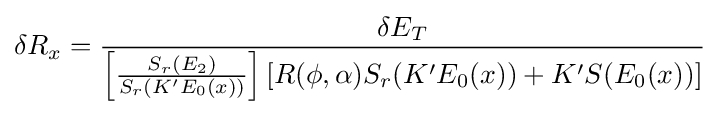
\delta R_{x}={\frac {\delta E_{T}}{\left[{\frac {S_{r}(E_{2})}{S_{r}(K'E_{0}(x))}}\right]\left[R(\phi ,\alpha )S_{r}(K'E_{0}(x))+K'S(E_{0}(x))\right]}}